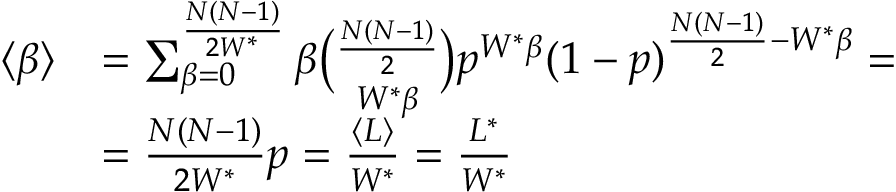
\begin{array} { r l } { \langle \beta \rangle } & { = \sum _ { \beta = 0 } ^ { \frac { N ( N - 1 ) } { 2 W ^ { * } } } \beta \binom { \frac { N ( N - 1 ) } { 2 } } { W ^ { * } \beta } p ^ { W ^ { * } \beta } ( 1 - p ) ^ { \frac { N ( N - 1 ) } { 2 } - W ^ { * } \beta } = } \\ & { = \frac { N ( N - 1 ) } { 2 W ^ { * } } p = \frac { \langle L \rangle } { W ^ { * } } = \frac { L ^ { * } } { W ^ { * } } } \end{array}